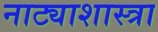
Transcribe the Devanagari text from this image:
नाट्याशास्त्रा